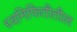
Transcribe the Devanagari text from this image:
ध्वनिफितीतील